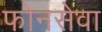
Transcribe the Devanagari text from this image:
फोनसेवा